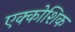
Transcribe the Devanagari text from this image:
एक्कोशिक